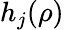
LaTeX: h_{j}(\rho)